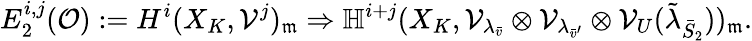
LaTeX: E_{2}^{i,j}({\mathcal O}):=H^{i}(X_{K},{\mathcal V}^{j})_{\mathfrak{m}}\Rightarrow\mathbb{H}^{i+j}(X_{K},{\mathcal V}_{\lambda_{\bar{v}}}\otimes{\mathcal V}_{\lambda_{\bar{v}^{\prime}}}\otimes{\mathcal V}_{U}(\tilde{\lambda}_{\bar{S}_{2}}))_{\mathfrak{m}}.